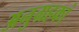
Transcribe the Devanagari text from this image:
अनुग्रहकां